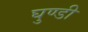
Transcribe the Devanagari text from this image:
घुण्डी